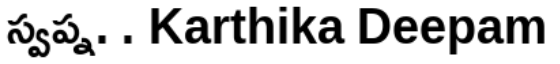
స్వప్న. . Karthika Deepam